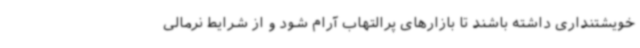
خویشتنداری داشته باشند تا بازارهای پرالتهاب آرام شود و از شرایط نرمالی